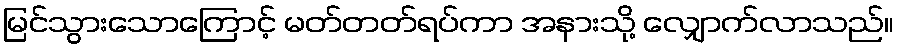
မြင်သွားသောကြောင့် မတ်တတ်ရပ်ကာ အနားသို့ လျှောက်လာသည်။